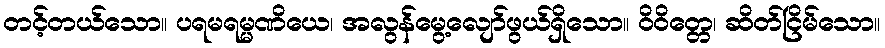
တင့်တယ်သော။ ပရမရမ္မဏိယေ၊ အလွန်မွေ့လျော်ဖွယ်ရှိသော။ ဝိဝိတ္တေ၊ ဆိတ်ငြိမ်သော။